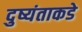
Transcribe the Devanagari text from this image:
दुष्यंताकडे